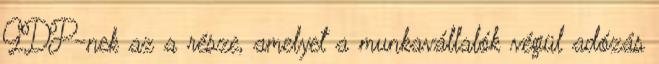
GDP-nek az a része, amelyet a munkavállalók végül adózás